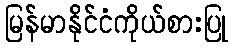
မြန်မာနိုင်ငံကိုယ်စားပြု